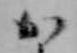
か